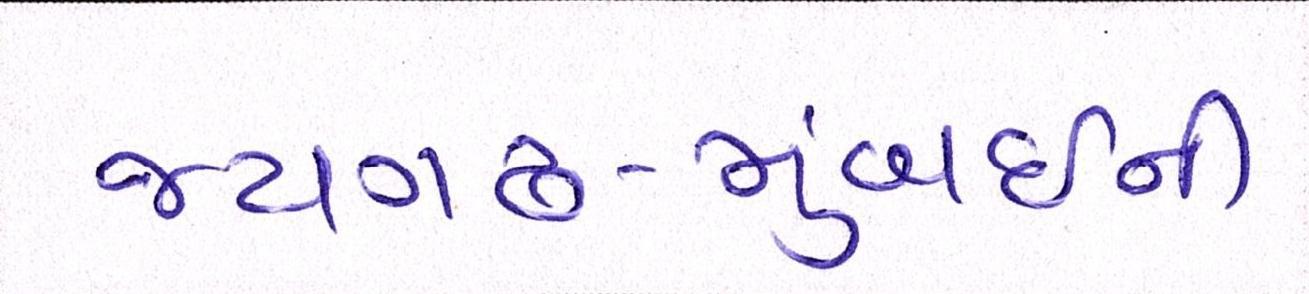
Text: જયગઢ-મુંબઈની